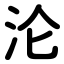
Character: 沦